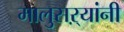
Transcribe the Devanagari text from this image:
मालुसऱ्यांनी